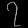
Digit: ၇